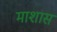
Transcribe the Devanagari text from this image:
माशास